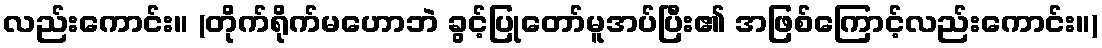
လည်းကောင်း။ (တိုက်ရိုက်မဟောဘဲ ခွင့်ပြုတော်မူအပ်ပြီး၏ အဖြစ်ကြောင့်လည်းကောင်း။)